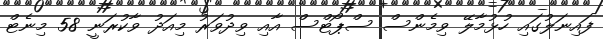
ފައިނަލުގައި ހުޅުމާލޭ ވިމެންސް ސްޕޯޓްސް އާއި ވިދުވަރު މިއަދު ވާކުރަނީ 58 މިނެޓް